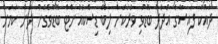
ދައްކާ ފައިސާގެ އަދަދު ބޮޑުވި ވަރަކަށް ލިބޭ ޑިސްކައުންޓް ބޮޑުވެގެން ދާނެ ކަމަށް